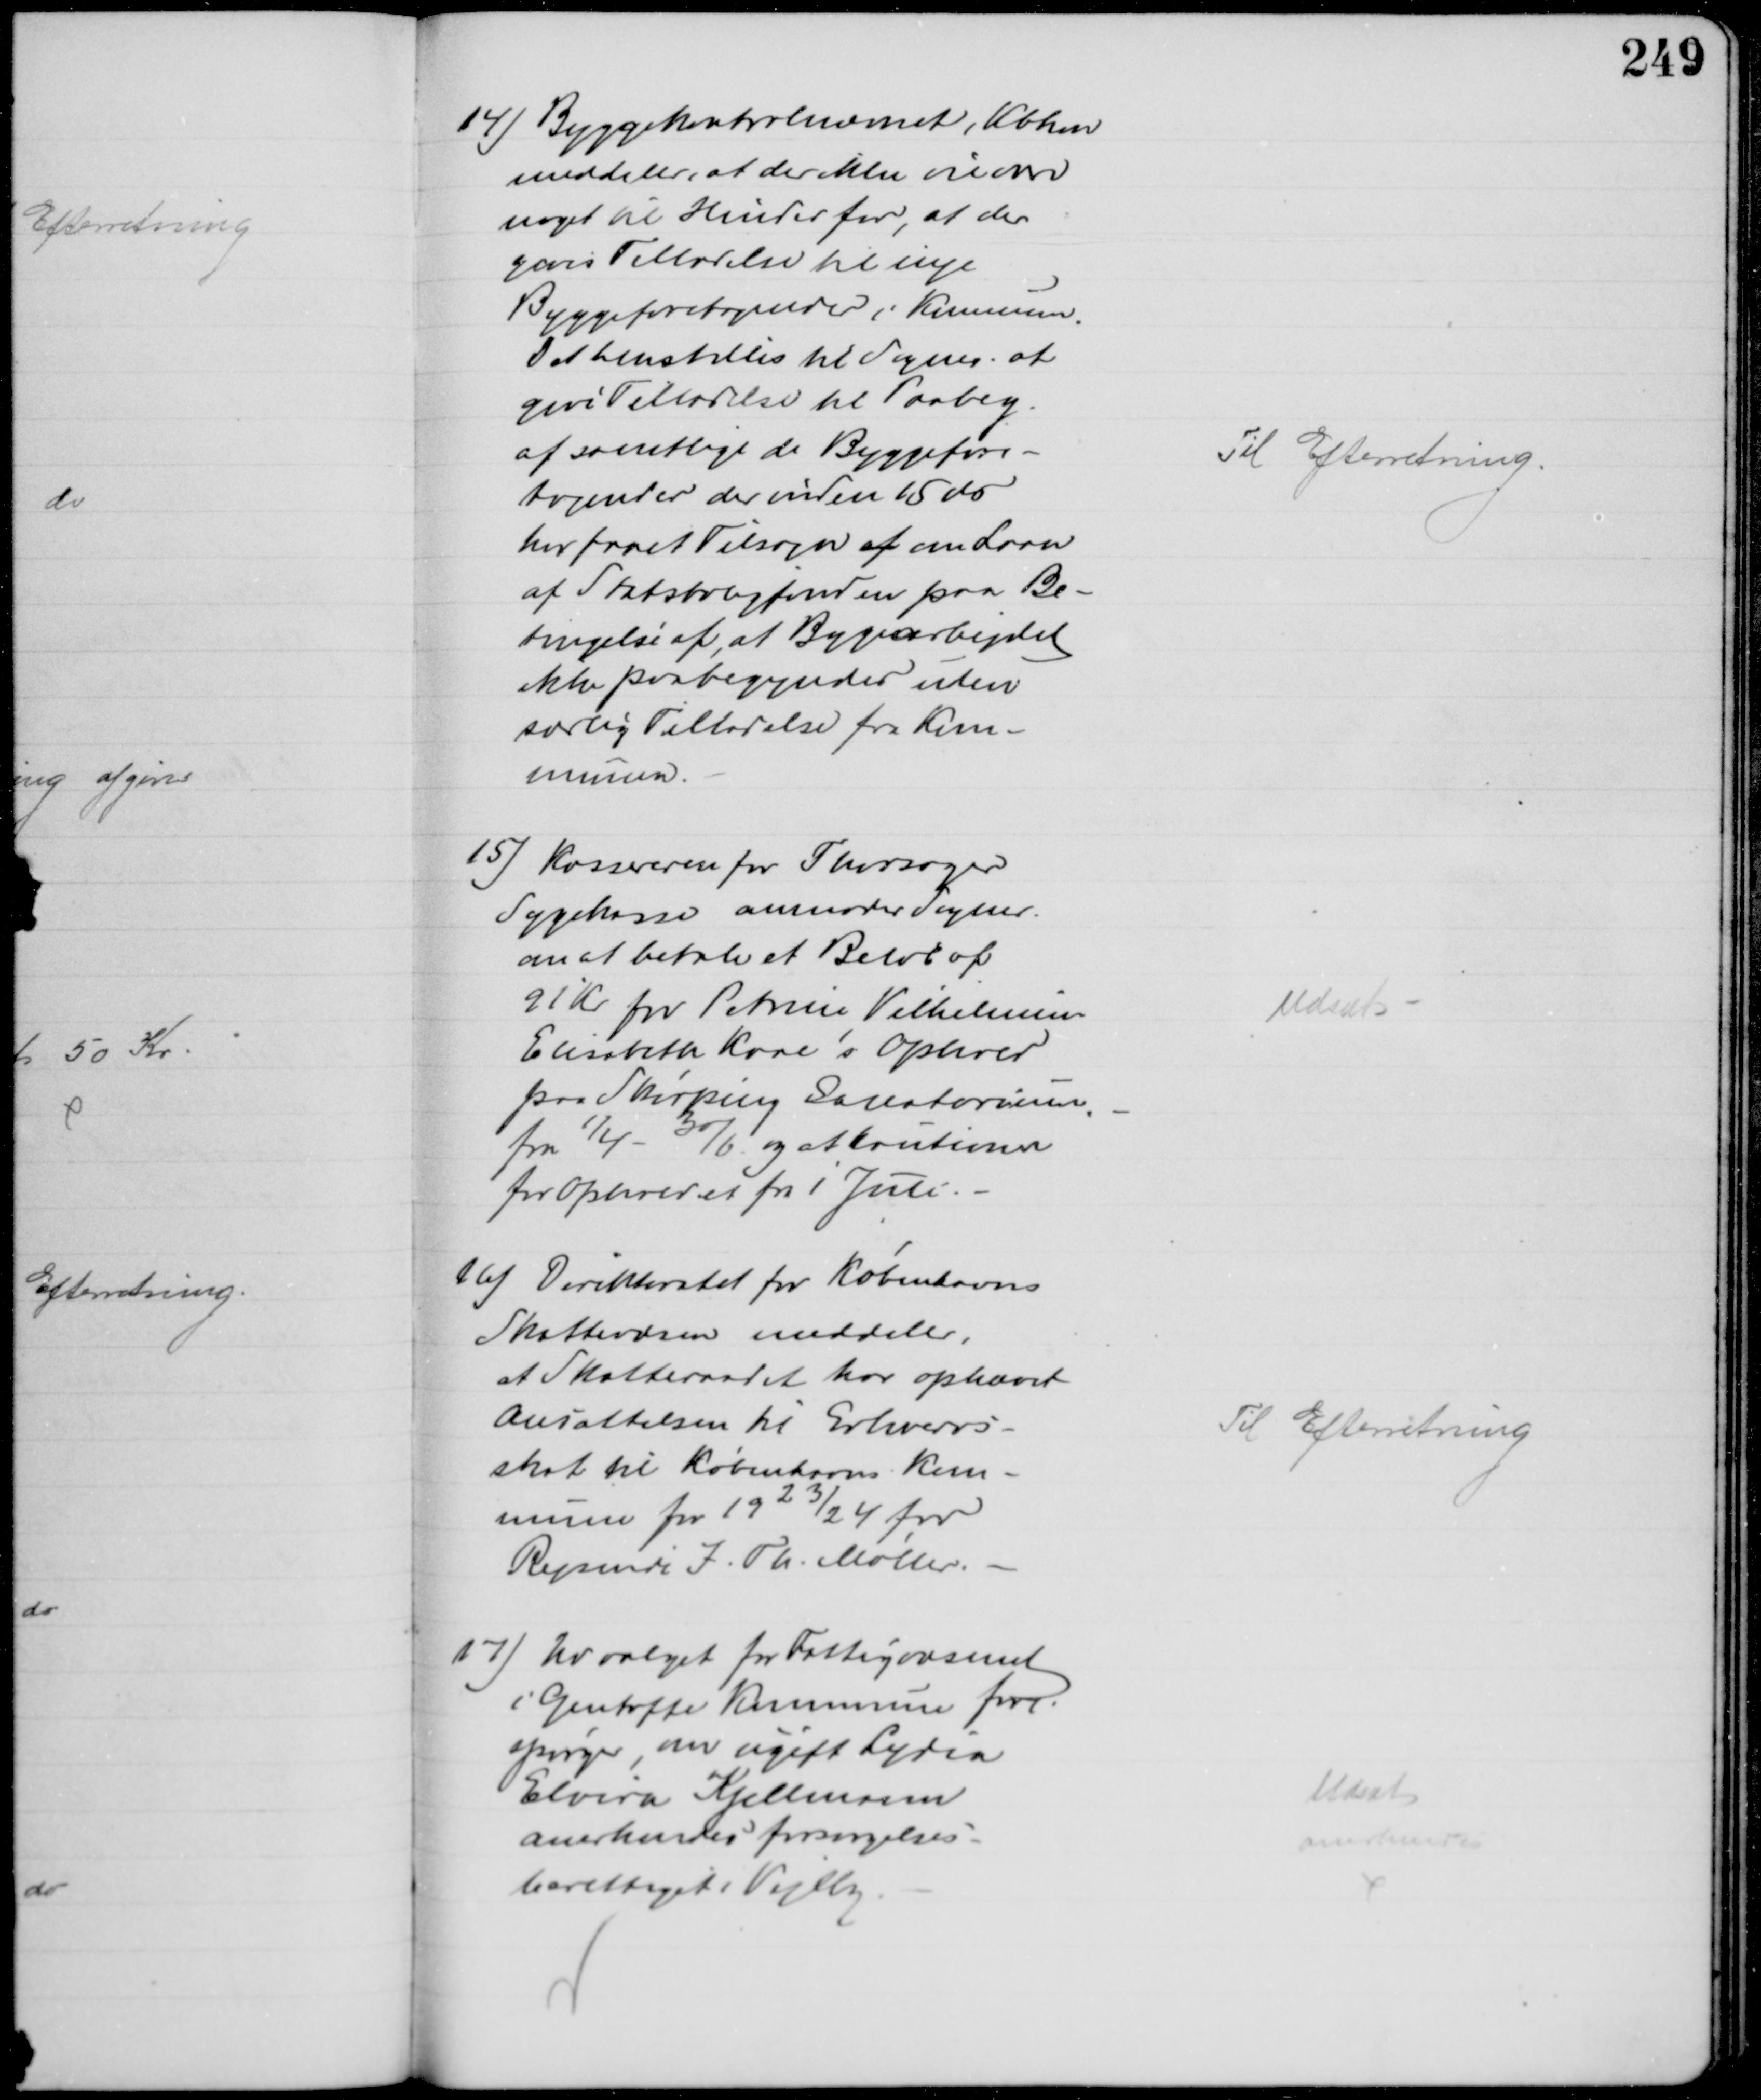
Transskription:
14) Byggekontrolnævnet, Kbhvn
meddeler, at der ikke vil være
noget til Hinder for, at der 
gives Tilladelse til nye
Byggeforetagender i Kommunen.
Det henstilles til Sogner. at 
give Tilladelse til Paabeg.
af samtlige de Byggefore-
tagender der inden 15 ds
har faaet Tilsagn af om Laan
af Statsboligfonden paa Be-
tingelse af, at Bygearbejdet
ikke paabegyndes uden
særlig Tilladelse fra Kom-
munen.
Til Efterretning.
15) Kassereren for Thorsager
Sygekasse anmoder Sogner.
om at betale et Beløb af
91 Kr for Petrine Vilhelmine
Elisabeth Kaae's Ophold
paa Skørping Sanatorium
fra 1/4 - 30/6 og at kautionere
for Opholdet fra 1 Juli.
Udsat
16) Direktoratet for Københavns
Skattevæsen meddeler,
at Skatteraadet har ophævet
Ansættelsen til Erhvervs-
skat til Københavns Kom-
mune for 1923/24 for
Rejsende J. Th. Møller.
Til Efterretning
17) Udvalget for Fattigvæsenet
i Gentofte Kommune fore-
spørger, om ugift Lydia
Elvira Kjellmann
anerkendes forsørgelses-
berettiget i Vejlby
Udsat
anerkendes